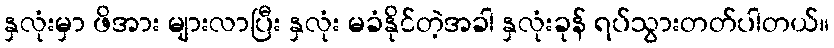
နှလုံးမှာ ဖိအား များလာပြီး နှလုံး မခံနိုင်တဲ့အခါ နှလုံးခုန် ရပ်သွားတတ်ပါတယ်။